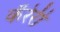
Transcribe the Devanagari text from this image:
कॅरेरी